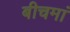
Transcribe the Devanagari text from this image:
बीचमां